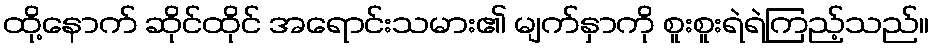
ထို့နောက် ဆိုင်ထိုင် အရောင်းသမား၏ မျက်နှာကို စူးစူးရဲရဲကြည့်သည်။